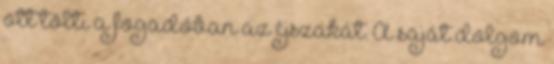
ott tölti a fogadóban az éjszakát. A saját dolgom